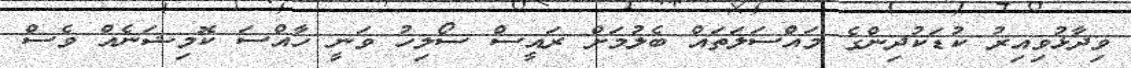
ވިދާޅުވިއިރު ކުޑަކުދިންގެ މައްސަލަތައް ބެލުމަށް ރައީސް ސޯލިހު ވަނީ ހާއްސަ ކޮމިޝަނެއް ވެސް